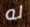
له